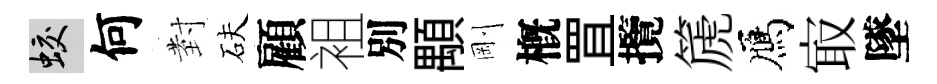
蛟何𭔹砆顧袓別顒剛槪罝攬篪鴈㝡墜